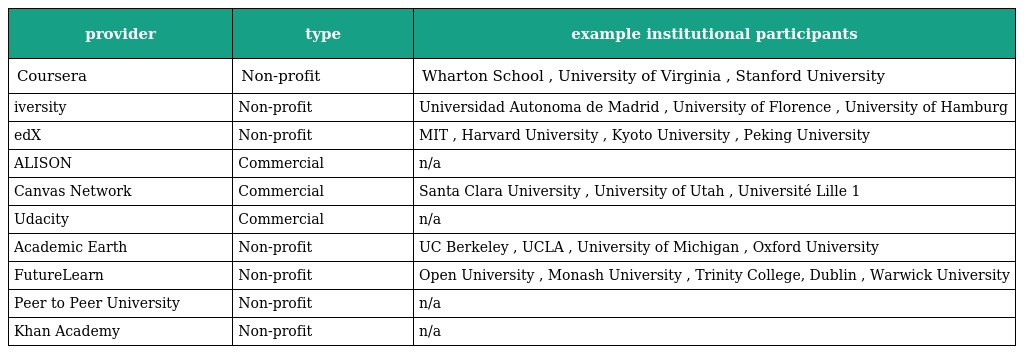
| provider | type | example institutional participants |
 | --- | --- | --- |
 | Coursera | Non-profit | Wharton School , University of Virginia , Stanford University |
 | iversity | Non-profit | Universidad Autonoma de Madrid , University of Florence , University of Hamburg |
 | edX | Non-profit | MIT , Harvard University , Kyoto University , Peking University |
 | ALISON | Commercial | n/a |
 | Canvas Network | Commercial | Santa Clara University , University of Utah , Université Lille 1 |
 | Udacity | Commercial | n/a |
 | Academic Earth | Non-profit | UC Berkeley , UCLA , University of Michigan , Oxford University |
 | FutureLearn | Non-profit | Open University , Monash University , Trinity College, Dublin , Warwick University |
 | Peer to Peer University | Non-profit | n/a |
 | Khan Academy | Non-profit | n/a |